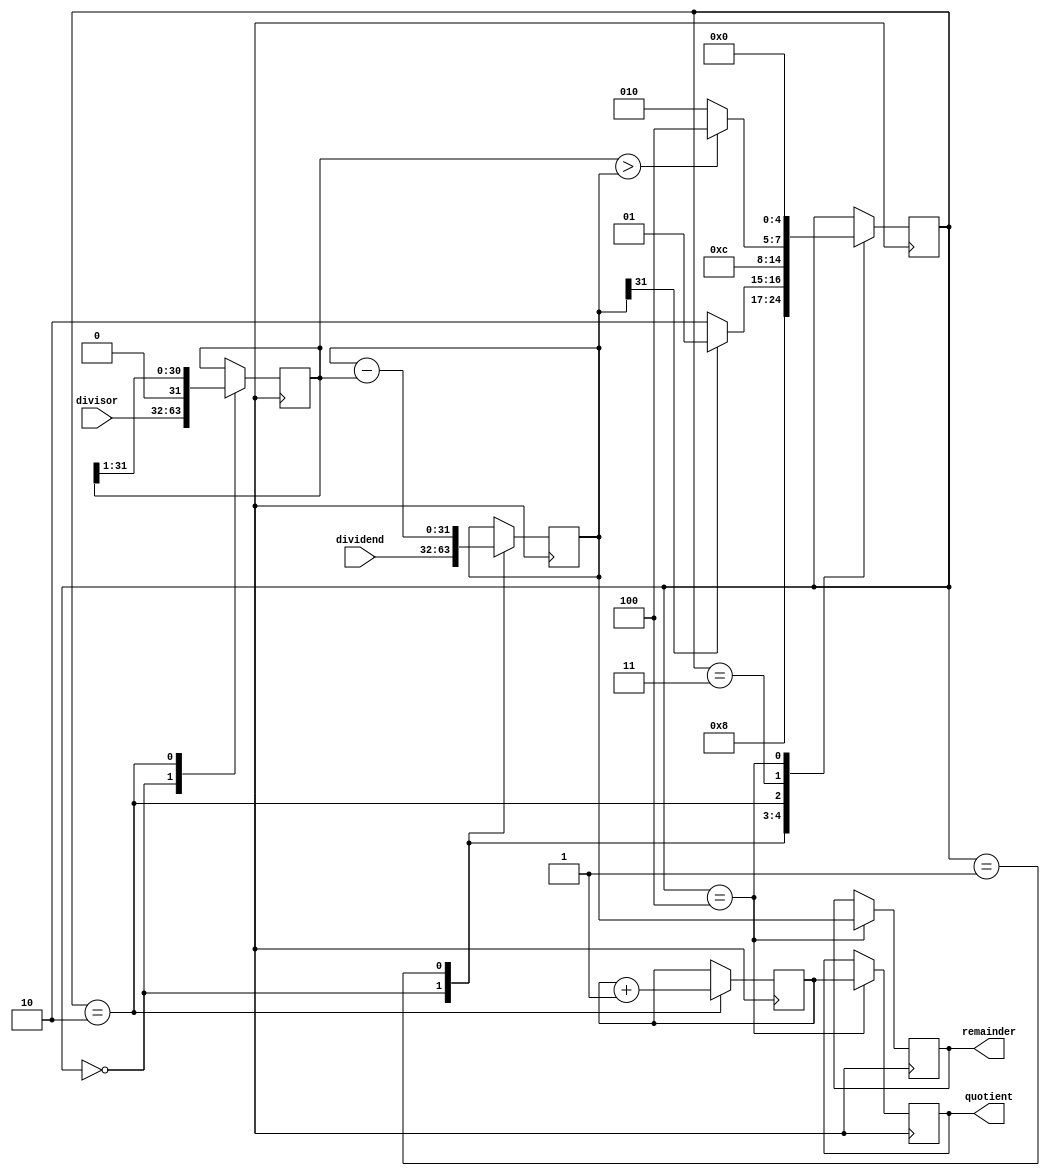
module pipelined_divider (
    input wire [31:0] dividend,
    input wire [31:0] divisor,
    output reg [31:0] quotient,
    output reg [31:0] remainder
);

reg [31:0] temp_remainder;
reg [31:0] temp_quotient;
reg [31:0] temp_divisor;

reg [4:0] stage;

always @(posedge clk) begin
    case (stage)
        0: begin
            temp_remainder <= dividend;
            temp_divisor <= divisor;
            stage <= 1;
        end
        1: begin
            temp_remainder <= temp_remainder - temp_divisor;
            if (temp_remainder[31] == 0)
                stage <= 2;
            else
                stage <= 1;
        end
        2: begin
            temp_quotient <= temp_quotient + 1;
            temp_divisor <= temp_divisor >> 1;
            stage <= 3;
        end
        3: begin
            if (temp_divisor > temp_remainder)
                stage <= 4;
            else
                stage <= 2;
        end
        4: begin
            remainder <= temp_remainder;
            quotient <= temp_quotient;
            stage <= 0;
        end
    endcase
end

endmodule